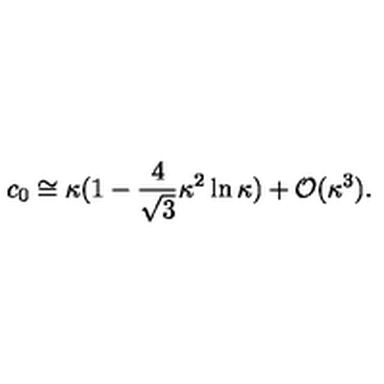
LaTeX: c _ { 0 } \cong \kappa ( 1 - \frac { 4 } { \sqrt { 3 } } \kappa ^ { 2 } \ln \kappa ) + { \cal O } ( \kappa ^ { 3 } ) .